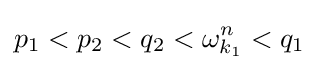
p_{1}<p_{2}<q_{2}<\omega _{k_{1}}^{n}<q_{1}